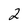
Character: 2